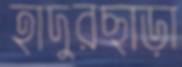
হাদুরছাড়া